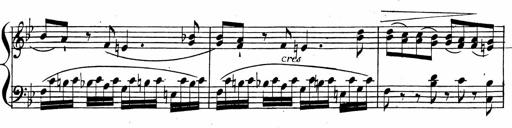
Title: 2 Piano Sonatinas
Composer: Ferdinand Ries